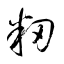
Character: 籾